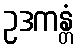
ဥဒကန္တံ